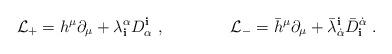
LaTeX: \begin{align*}{\mathcal L}_+=h^\mu\partial_\mu+\lambda^\alpha_{\mathbf i}D_\alpha^{\mathbf i}\ ,\qquad\qquad{\mathcal L}_-={\bar h}^\mu\partial_\mu+{\bar\lambda}^{\mathbf i}_{\dot{\alpha}}{\bar D}_{\mathbf i}^{\dot{\alpha}}\ .\end{align*}